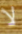
لا